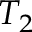
T _ { 2 }